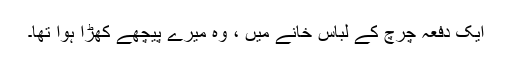
ایک دفعہ چرچ کے لباس خانے میں ، وہ میرے پیچھے کھڑا ہوا تھا۔